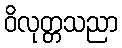
ဝိလုတ္တသညာ